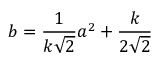
b = { \frac { 1 } { k { \sqrt { 2 } } } } a ^ { 2 } + { \frac { k } { 2 { \sqrt { 2 } } } }